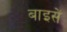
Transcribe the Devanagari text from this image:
बाइसें